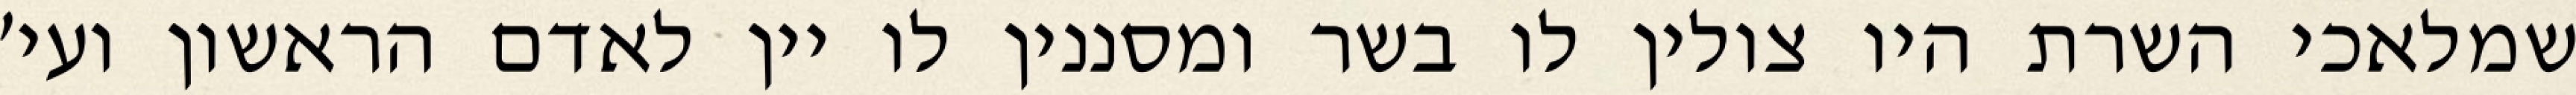
שמלאכי השרת היו צולין לו בשר ומסננין לו יין לאדם הראשון ועי׳